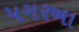
પગરખા